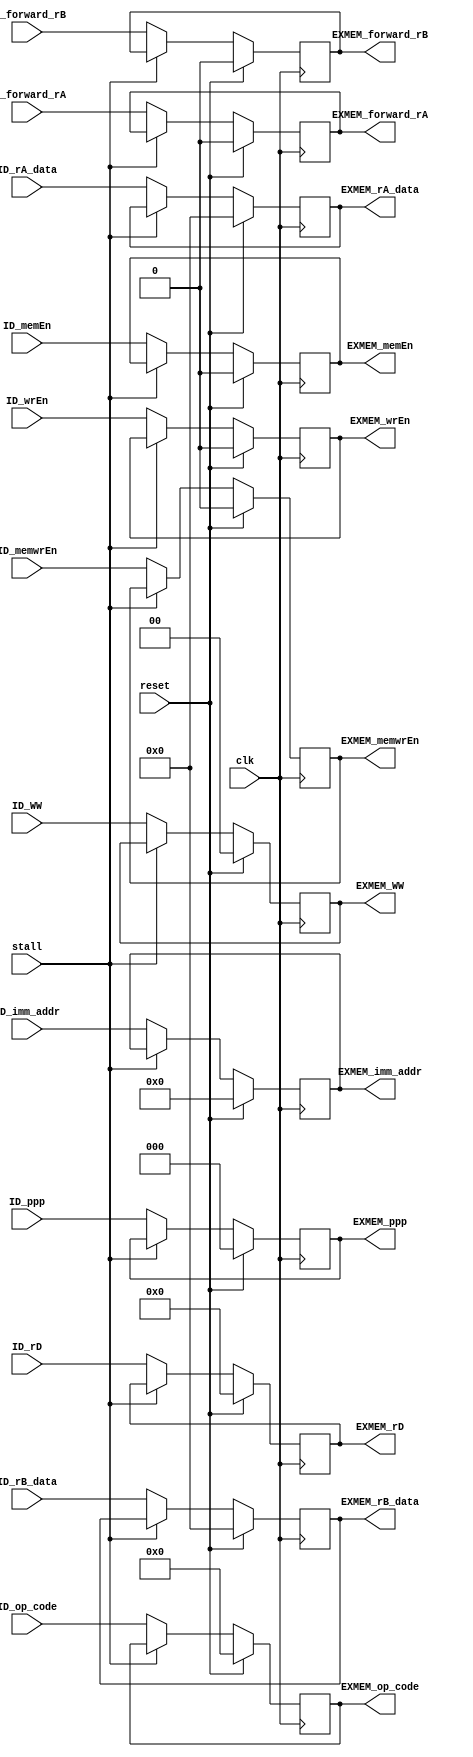
module ID_EXMEM (
    clk,reset,
    ID_rA_data, ID_rB_data,
    ID_rD,
    //ID_rA,ID_rB,
    ID_ppp,ID_WW,ID_op_code,
    ID_wrEn,ID_memEn,ID_memwrEn,
    ID_forward_rA, ID_forward_rB,
    ID_imm_addr,
    stall,
    EXMEM_rA_data, EXMEM_rB_data,
    EXMEM_rD,EXMEM_ppp,EXMEM_WW,EXMEM_op_code,
    EXMEM_wrEn,EXMEM_memEn,EXMEM_memwrEn,
    EXMEM_forward_rA, EXMEM_forward_rB,
    EXMEM_imm_addr
);
    input wire clk,reset;
    input wire [0:63] ID_rA_data, ID_rB_data;
    input wire [0:4] ID_rD /*,ID_rA,ID_rB*/;
    input wire [0:2] ID_ppp;
    input wire [0:1] ID_WW;
    input wire [0:5] ID_op_code;
    input wire ID_wrEn,ID_memEn,ID_memwrEn;
    input wire ID_forward_rA, ID_forward_rB;
    input wire [0:15] ID_imm_addr;
    input wire stall;

    output reg [0:63] EXMEM_rA_data, EXMEM_rB_data; 
    // m type inst rb data is actually rd data, need this feature for store and branch
    output reg [0:4] EXMEM_rD /*,EXMEM_rA,EXMEM_rB*/;
    output reg [0:2] EXMEM_ppp;
    output reg [0:1] EXMEM_WW;
    output reg [0:5] EXMEM_op_code;
    output reg EXMEM_wrEn,EXMEM_memEn,EXMEM_memwrEn;
    output reg EXMEM_forward_rA, EXMEM_forward_rB;
    output reg [0:15] EXMEM_imm_addr;

    always @(posedge clk) begin
        if(reset) begin
            EXMEM_rA_data <= 0;
            EXMEM_rB_data <= 0;
            EXMEM_rD <= 0;
            //EXMEM_rA <= 0;
            //EXMEM_rB <= 0;
            EXMEM_ppp <= 0;
            EXMEM_WW <= 0;
            EXMEM_op_code <= 0;
            EXMEM_wrEn <= 0;
            EXMEM_memEn <= 0;
            EXMEM_memwrEn <= 0;
            EXMEM_forward_rA <= 0;
            EXMEM_forward_rB <= 0;
            EXMEM_imm_addr <= 0;
        end
        else if(!stall) begin
            EXMEM_rA_data <= ID_rA_data;
            EXMEM_rB_data <= ID_rB_data;
            EXMEM_rD <= ID_rD;
            //EXMEM_rA <= ID_rA;
            //EXMEM_rB <= ID_rB;
            EXMEM_ppp <= ID_ppp;
            EXMEM_WW <= ID_WW;
            EXMEM_op_code <= ID_op_code;
            EXMEM_wrEn <= ID_wrEn;
            EXMEM_memEn <= ID_memEn;
            EXMEM_memwrEn <= ID_memwrEn;
            EXMEM_forward_rA <= ID_forward_rA;
            EXMEM_forward_rB <= ID_forward_rB;
            EXMEM_imm_addr <= ID_imm_addr;
        end
    end
endmodule